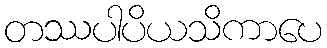
တဿပါပိယသိကာပေ